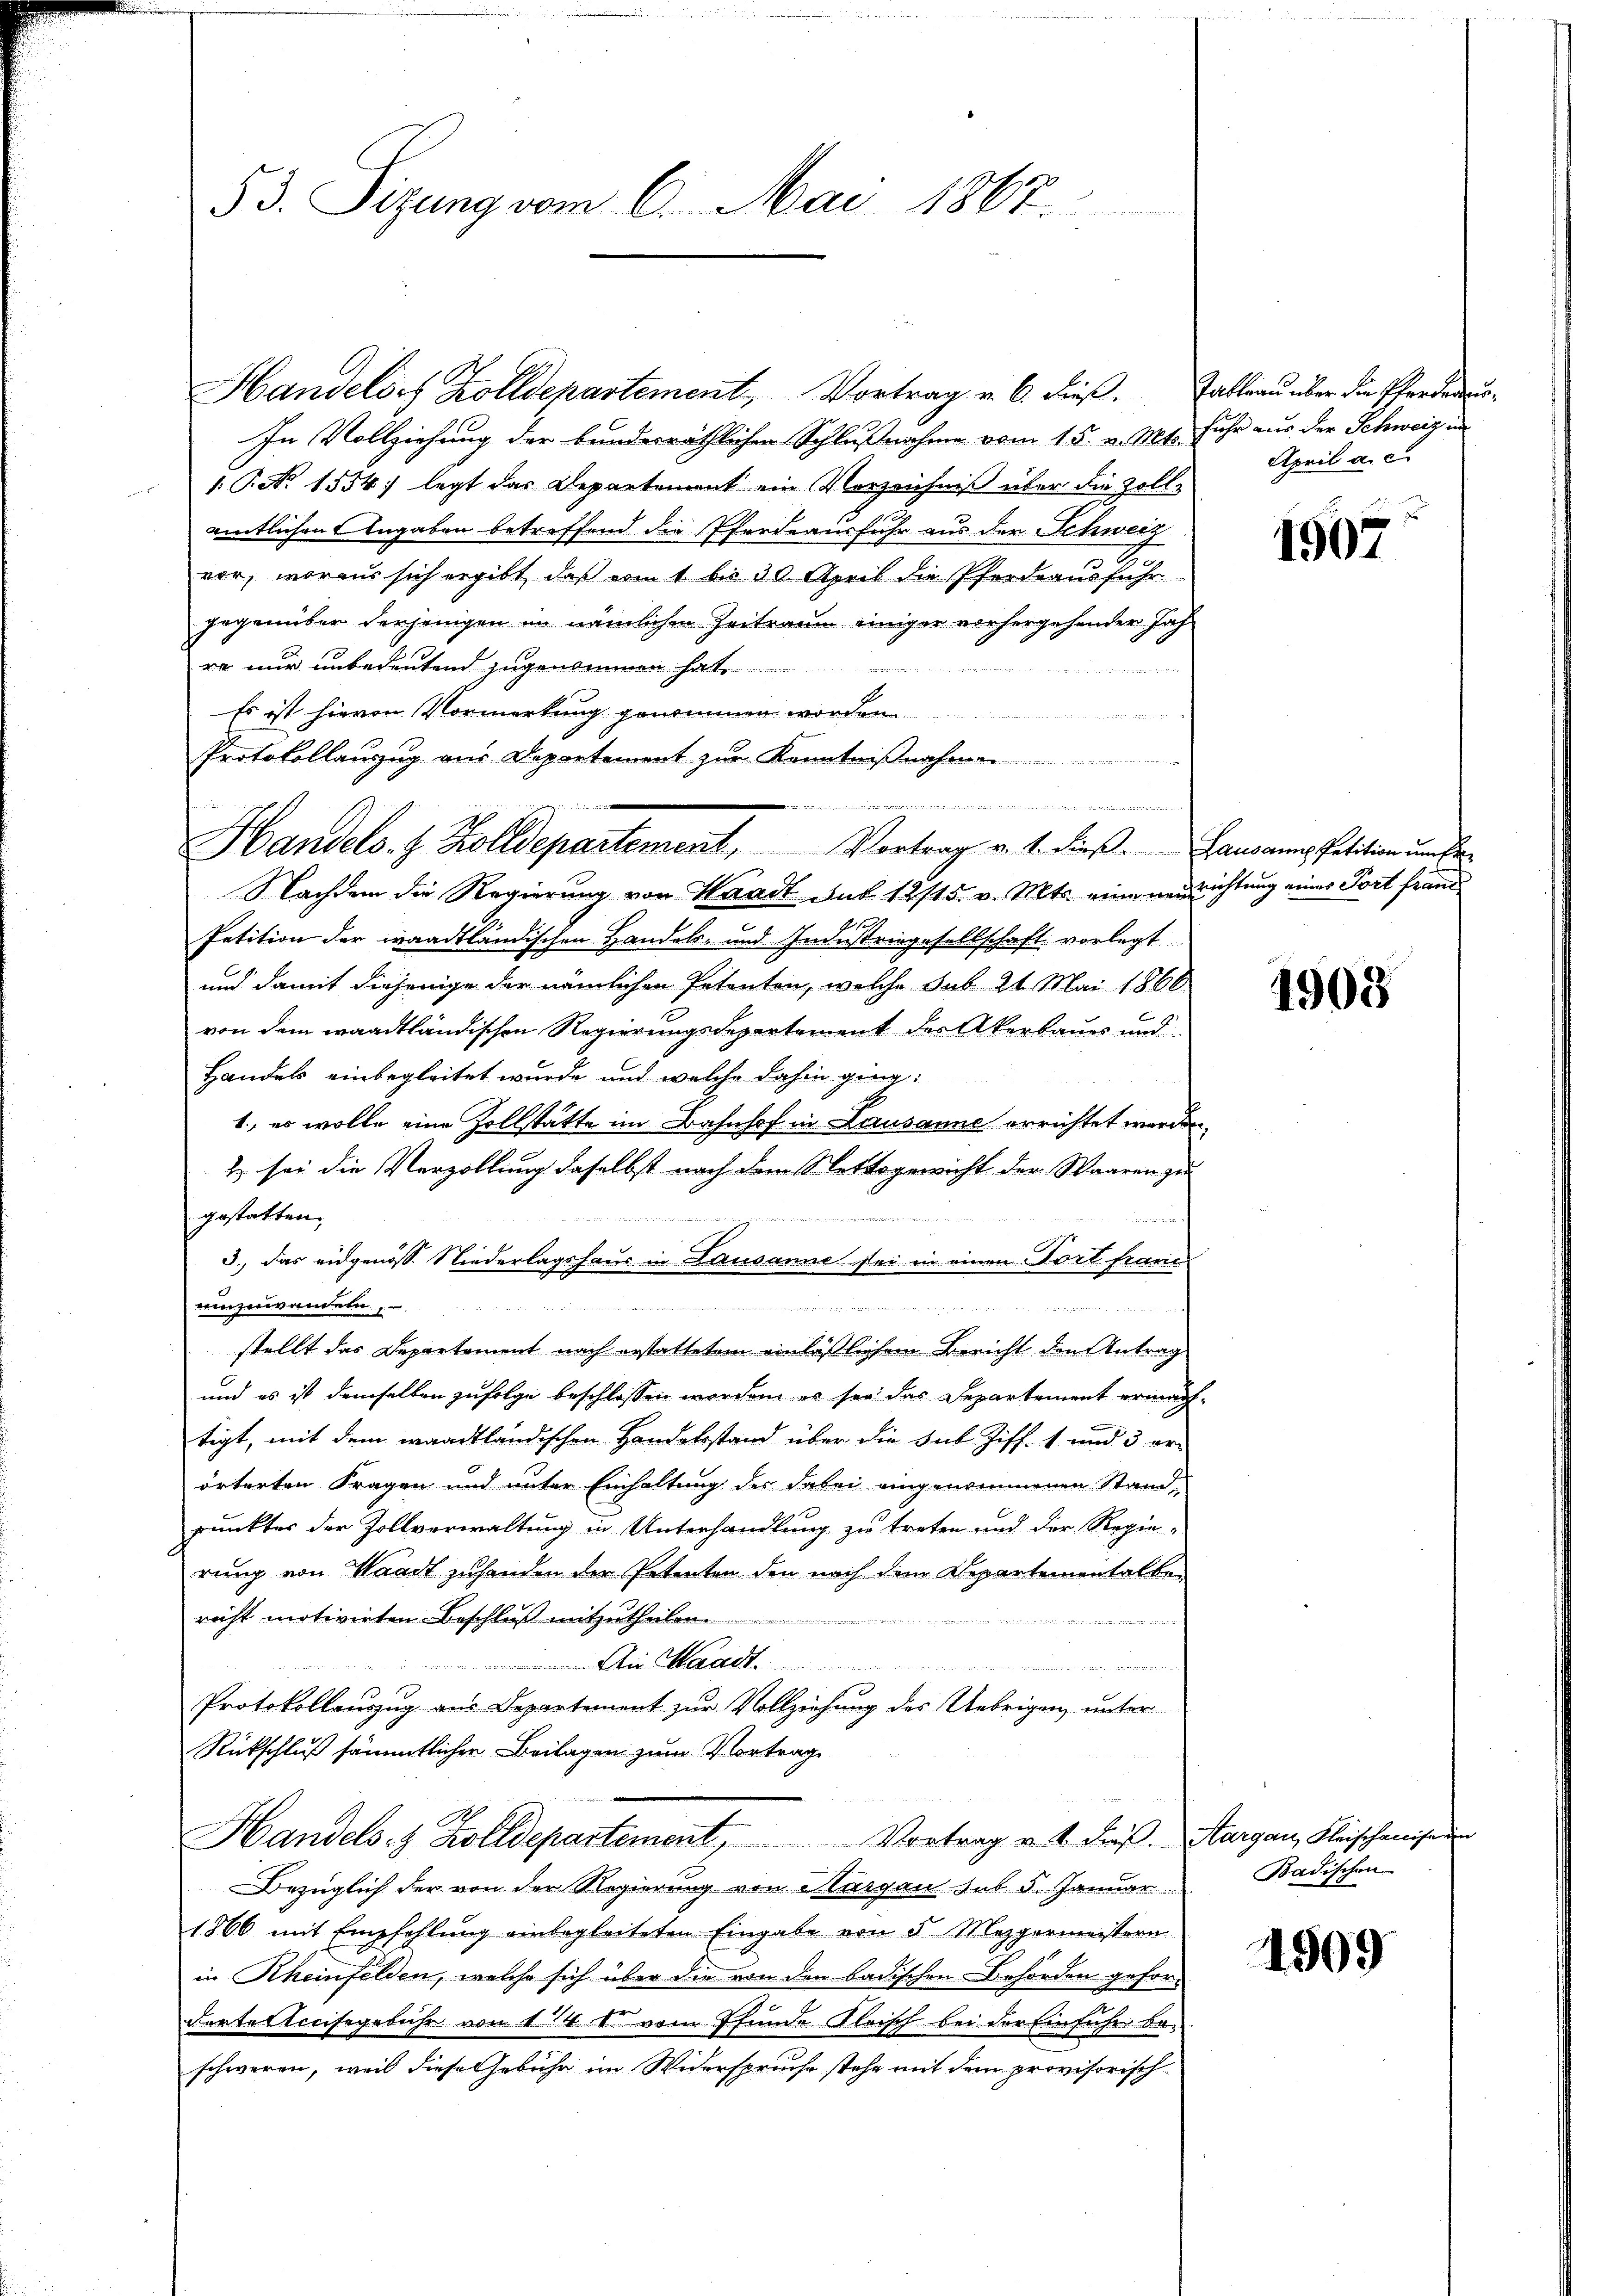
53. Sizung vom 6. Mai 1867.

aendenen eine
Handels- & Zolldepartement, Vortrag v. 1. dieβ.

Handelört Zolldepartement, Vortrag v. 6. dieß.
In Vollziehung der bundesräthlichen Schlußnahme vom 15. v. Mts.
1.P. Nr. 1554; legt das Departement ein Vorzeichniß über die Zoll-
amtlichen Angaben betreffend die Pferdeausfuhr aus der Schweiz
vor, woraus sich ergibt, daß vom 1 bis 30. April die Pferdeausführ
gegenüber derjenigen in nämlichen Zeitraum einiger vorhergehender Jahre nur unbedeutend zugenommen hat
Es ist hievon Vormerkung genommen worden
e
Protokollauszug aus Departement zur Kenntnißnahmen
Nachdem die Regierung von Waadt und 12/15. v. Mts. eine neue
A 1
Petition der waadtländischen Handels- und Industriegesellschaft vorlegt
und damit diejenige der nämlichen Petenten, welche sub 21. Mai 1866
von dem waadtländischen Regierungsdepartement des Akerbauer und
Handels einbegleitet wurde, und welche dahin ging.
1., es wolle eine Zollstätte im Bahnhof in Lausanne errichtet worden.
2) sei die Verzollung daselbst nach dem Stettogewicht der Waaren zu
gestatten.
d., das eidgenosse Niederlagshaus in Lausanne sei in einen Dort franc
.
ruieren,
einzuwenden,

stellt das Departement nach erstattetem einläßlichem Bericht den Antrag
und es ist demselben zufolge beschlossen worden, es sey das Departement ermach
tigt, mit dem waadtländischen Handelsstand über die Sub. Ziff. 1 und 3 erörterten Fragen und unter Einhaltung des dabei eingenommenen Stand-
punkter der Zollverwaltung in Unterhandlung zu treten und der Regierung von Waadt zuhanden der Petenten den nach dem Departementalbe-
richt motivirten Beschluß mitzutheilen.
in Waadt
e
Protokollauszug aus Departement zur Vollziehung des Uebrigen, unter
Rückschluß sämmtlichen Beilagen zum Vortrag
e
Handels- & Zolldepartement, Vortrag u. 4. dieβ. Aargau, Fleischemiser
Bezüglich der von der Regierung von Aargau sub 5. Januar
1866 mit Empfehlung einbegleiteten Eingabe von d Mezgermeistern
in Rheinfelden, welche sich über die von den badischen Behörden gefor¬
Kartel treisgebühr von 114 I vom Pfunde Fleisch bei der Einfuhr beschweren, weil diese Gebühr im Widerspruche stehe mit dem provisorisch¬

Tableau über die Pferderurfuhr aus der Schweiz in
April a. c.

1907

Lausanne Petition um E
richtung eines Port fraude

1908

Badischen

1909